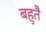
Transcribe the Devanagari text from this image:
बहुतै